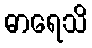
ဓာရေသိ